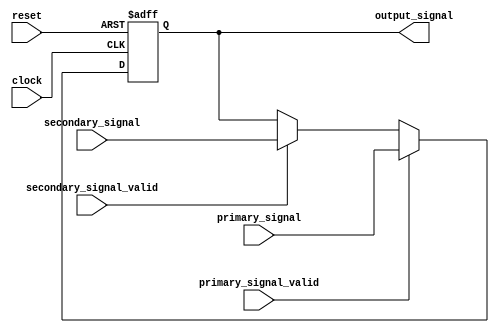
module Fallback_Bypass_register (

  input wire [31:0] primary_signal,
  input wire primary_signal_valid,
  
  input wire [31:0] secondary_signal,
  input wire secondary_signal_valid,
  
  output reg [31:0] output_signal,
  
  input wire clock,
  input wire reset
  
);

always @(posedge clock or posedge reset) begin
  if (reset) begin
    output_signal <= 0;
  end else begin
    if (primary_signal_valid) begin
      output_signal <= primary_signal;
    end else if (secondary_signal_valid) begin
      output_signal <= secondary_signal;
    end
  end
end

endmodule